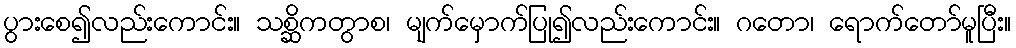
ပွားစေ၍လည်းကောင်း။ သစ္ဆိကတွာစ၊ မျက်မှောက်ပြု၍လည်းကောင်း။ ဂတော၊ ရောက်တော်မူပြီး။